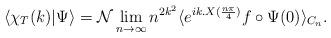
LaTeX: \begin{align*}\langle\chi_T(k)|\Psi\rangle=\mathcal{N}\lim_{n\to\infty} n^{2k^2}\langle e^{ik.X(\frac{n\pi}{4})}f\circ\Psi(0)\rangle_{C_n} .\end{align*}